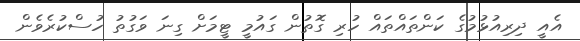
އެއީ ދިރިއުޅުމުގެ ކަންތައްތައް ހުރި ގޮތުން ގައުމީ ޓީމަށް ގިނަ ވަގުތު ހުސްކުރެވެން